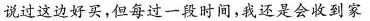
说过这边好买，但每过一段时间，我还是会收到家